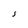
Character: j